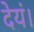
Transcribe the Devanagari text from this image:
देयं।